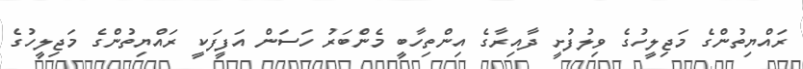
ރައްޔިތުންގެ މަޖިލީހުގެ ވިލުފުށީ ދާއިރާގެ އިންތިހާބީ މެންބަރު ހަސަން އަފީފަކީ ރައްޔިތުންގެ މަޖިލީހުގެ